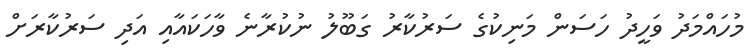
މުހައްމަދު ވަހީދު ހަސަން މަނިކުގެ ސަރުކާރު ގަބޫލު ނުކުރާނެ ވާހަކައާއި އަދި ސަރުކާރަށް